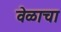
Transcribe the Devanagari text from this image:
वेळाचा